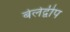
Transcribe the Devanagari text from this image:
बेलेद्वीप